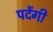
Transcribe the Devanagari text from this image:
पदेंगी